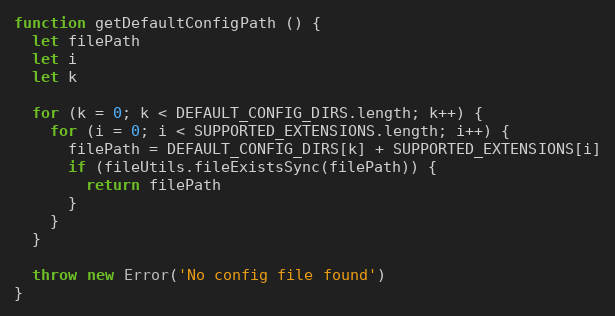
Language: JavaScript
function getDefaultConfigPath () {
  let filePath
  let i
  let k

  for (k = 0; k < DEFAULT_CONFIG_DIRS.length; k++) {
    for (i = 0; i < SUPPORTED_EXTENSIONS.length; i++) {
      filePath = DEFAULT_CONFIG_DIRS[k] + SUPPORTED_EXTENSIONS[i]
      if (fileUtils.fileExistsSync(filePath)) {
        return filePath
      }
    }
  }

  throw new Error('No config file found')
}